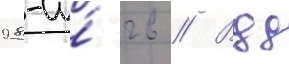
98-и́ гв // Вдд